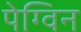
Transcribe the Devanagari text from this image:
पेग्विन